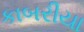
કાબરીયા